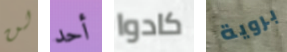
لن أحد كادوا بروية